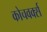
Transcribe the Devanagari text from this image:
कोचवर्क्स